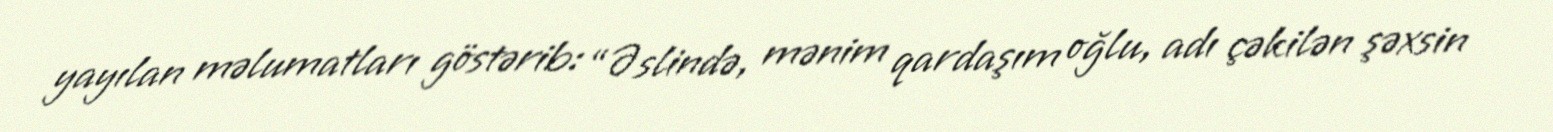
yayılan məlumatları göstərib: “Əslində, mənim qardaşım oğlu, adı çəkilən şəxsin